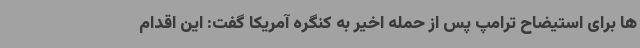
ها برای استیضاح ترامپ پس از حمله اخیر به کنگره آمریکا گفت: این اقدام